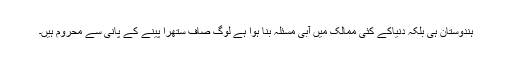
ہندوستان ہی بلکہ دنیاکے کئی ممالک میں آبی مسئلہ بنا ہوا ہے لوگ صاف ستھرا پینے کے پانی سے محروم ہیں۔